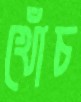
খোঁচ